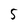
Character: 5